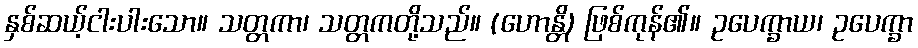
နှစ်ဆယ့်ငါးပါးသော။ သတ္တကာ၊ သတ္တကတို့သည်။ (ဟောန္တိ) ဖြစ်ကုန်၏။ ဥပေက္ခာယ၊ ဥပေက္ခာ